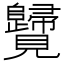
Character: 𧢦